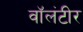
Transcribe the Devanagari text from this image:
वॉलंटीर